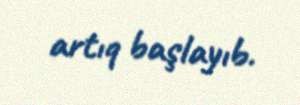
artıq başlayıb.